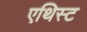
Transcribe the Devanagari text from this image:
एथिस्ट